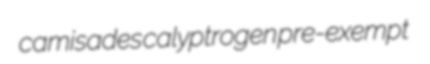
camisades calyptrogen pre-exempt